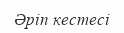
Әріп кестесі